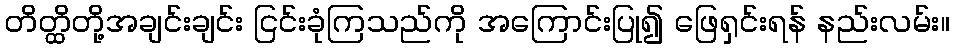
တိတ္ထိတို့အချင်းချင်း ငြင်းခုံကြသည်ကို အကြောင်းပြု၍ ဖြေရှင်းရန် နည်းလမ်း။